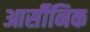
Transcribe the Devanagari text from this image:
आर्सीनिक